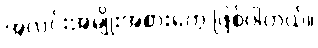
အလင်းအမျိုးအစားတွေ ဖြစ်ပါတယ်။